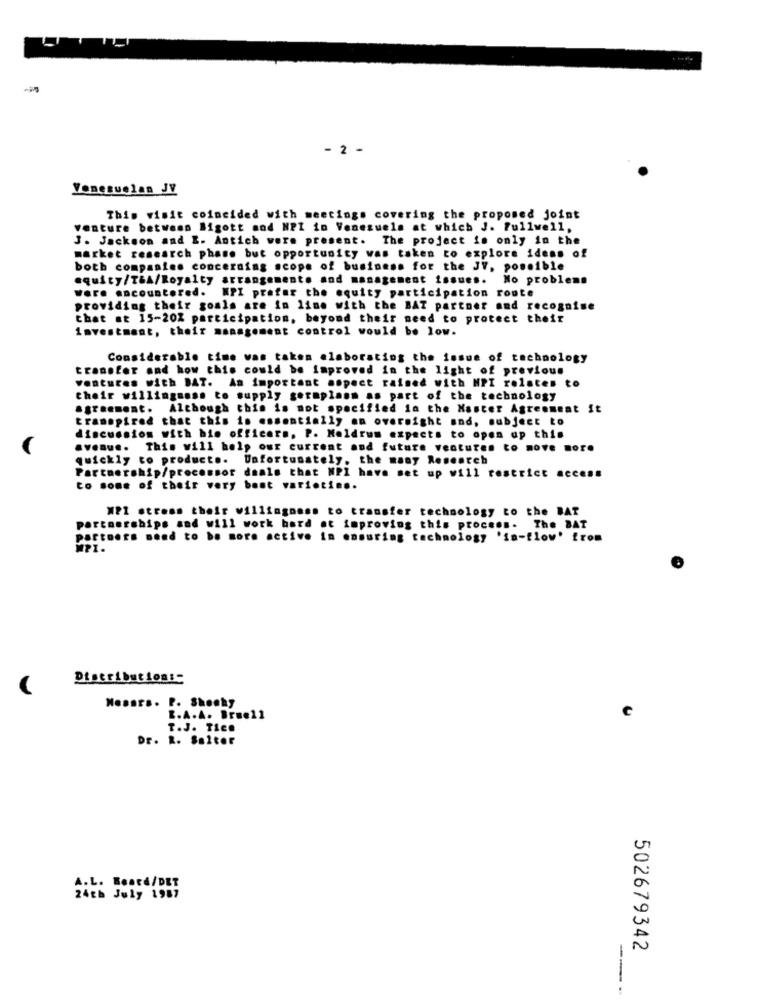
- 2 -
Venezuelan JV
This visit coincided with meetings covering the proposed joint
Venture between Migott mod NPI io Venezuela at which J. fullwell,
J. Jackson and E. Antich were present. The project is only in the
market research phase but opportunity was taken to explore ideas of
both companies concerning scope of business for the JV, possible
equity/T&A/Royalty arrangement. and management issues. No problems
wore encountered. WPI prefer the equity participation route
providing their goals are in line with the BAT partner and recognise
that at 15-20% participation, beyond their need to protect their
investment, their management control would be low.
Considerable time was taken elaborating the issue of technology
transfer and how this could be improved in the light of previous
ventures with BAT. An important mopect raised with MPI relates to
their willingness to supply gormplans as part of the technology
agreement. Although this is not specified in the Master Agreement it
transpired that this is essentially an overnight and, subject to
discussion with his officers. P. Meldrum expects to open ap this
avenue. This will help our current and future ventures to move mor.
quickly to product .. Unfortunately, the many Research
Partnership/processor deals that NPI have set up will restrict access
to some of their very best varietin ..
MPI stress their willingness to transfer technology to the BAT
porto
ip
and will work hard at improving this process. The BAT
partners need to be more active in ensuring technology 'in-flow' from
MPI.
Distribution ::
Nosars. P. Shecky
R.A.A. Brue21
T.J. Tic.
Dr. R. Salter
A.L. Beard/DET
24th July 1987
502679342
--